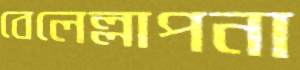
বেলেল্লাপনা